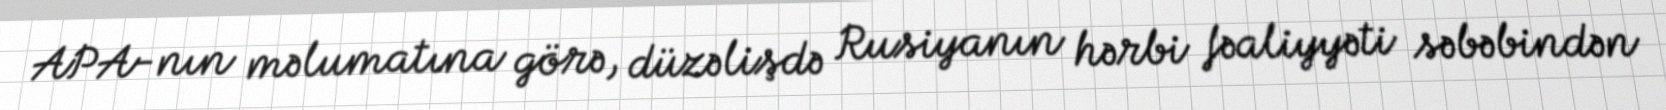
APA-nın məlumatına görə, düzəlişdə Rusiyanın hərbi fəaliyyəti səbəbindən